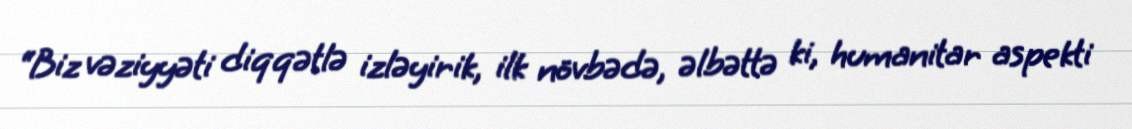
“Biz vəziyyəti diqqətlə izləyirik, ilk növbədə, əlbəttə ki, humanitar aspekti